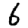
Digit: 6